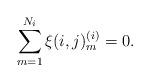
LaTeX: \begin{align*}\sum_{m=1}^{N_i} \xi(i,j)^{(i)}_m = 0.\end{align*}